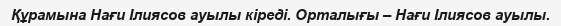
Құрамына Нағи Ілиясов ауылы кіреді. Орталығы – Нағи Ілиясов ауылы.